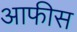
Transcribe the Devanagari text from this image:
आफीस